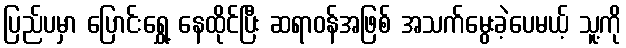
ပြည်ပမှာ ပြောင်းရွှေ့ နေထိုင်ပြီး ဆရာဝန်အဖြစ် အသက်မွေးခဲ့ပေမယ့် သူ့ကို